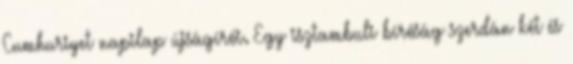
Cumhuriyet napilap újságírói. Egy isztambuli bíróság szerdán két és